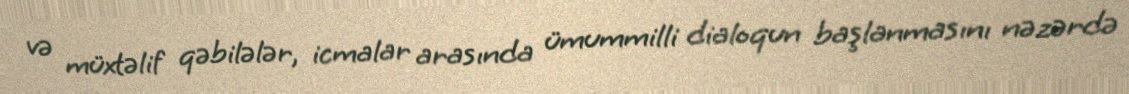
və müxtəlif qəbilələr, icmalar arasında ümummilli dialoqun başlanmasını nəzərdə